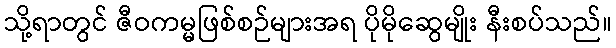
သို့ရာတွင် ဇီဝကမ္မဖြစ်စဉ်များအရ ပိုမိုဆွေမျိုး နီးစပ်သည်။